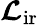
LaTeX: \boldsymbol{\mathcal{L}}_{\mathrm{{ir}}}